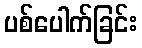
ပစ်ပေါက်ခြင်း